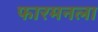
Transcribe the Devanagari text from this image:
फारमनला